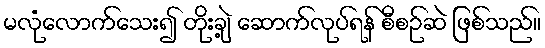
မလုံလောက်သေး၍ တိုးချဲ့ ဆောက်လုပ်ရန် စီစဉ်ဆဲ ဖြစ်သည်။